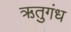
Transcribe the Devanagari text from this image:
ऋतुगंध